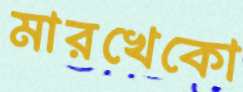
মারখেকো